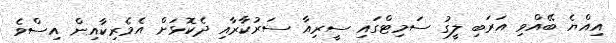
އިއްޔެ ބޭއްވި އަރަބި ލީގު ސަމިޓްގައި ސީރިއާ ސަރުކާރާއި ދެކޮޅަށް އެމެރިކާއިން އިސްވެ